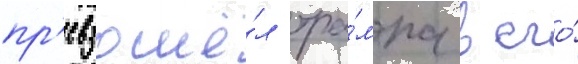
пр'евзошё́л тра́мпа в его́